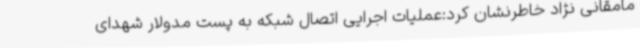
مامقانی نژاد خاطرنشان کرد:عملیات اجرایی اتصال شبکه به پست مدولار شهدای